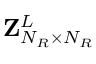
{ \bf { Z } } _ { N _ { R } \times N _ { R } } ^ { L }